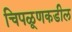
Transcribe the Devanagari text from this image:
चिपळूणकडील